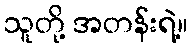
သူတို့ အတန်းရဲ့။